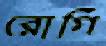
রোগি